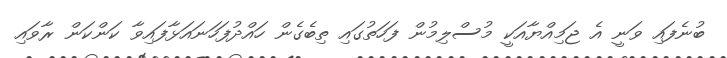
ބުނެފައި ވަނީ އެ ޖަމިއްޔާއަކީ މުސްލިމުން ފަހަތުގައި ތިބެގެން ހައްދުފަހަނައަޅާފައިވާ ކަންކަން ރާވައި